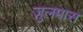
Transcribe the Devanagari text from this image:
जुलमास